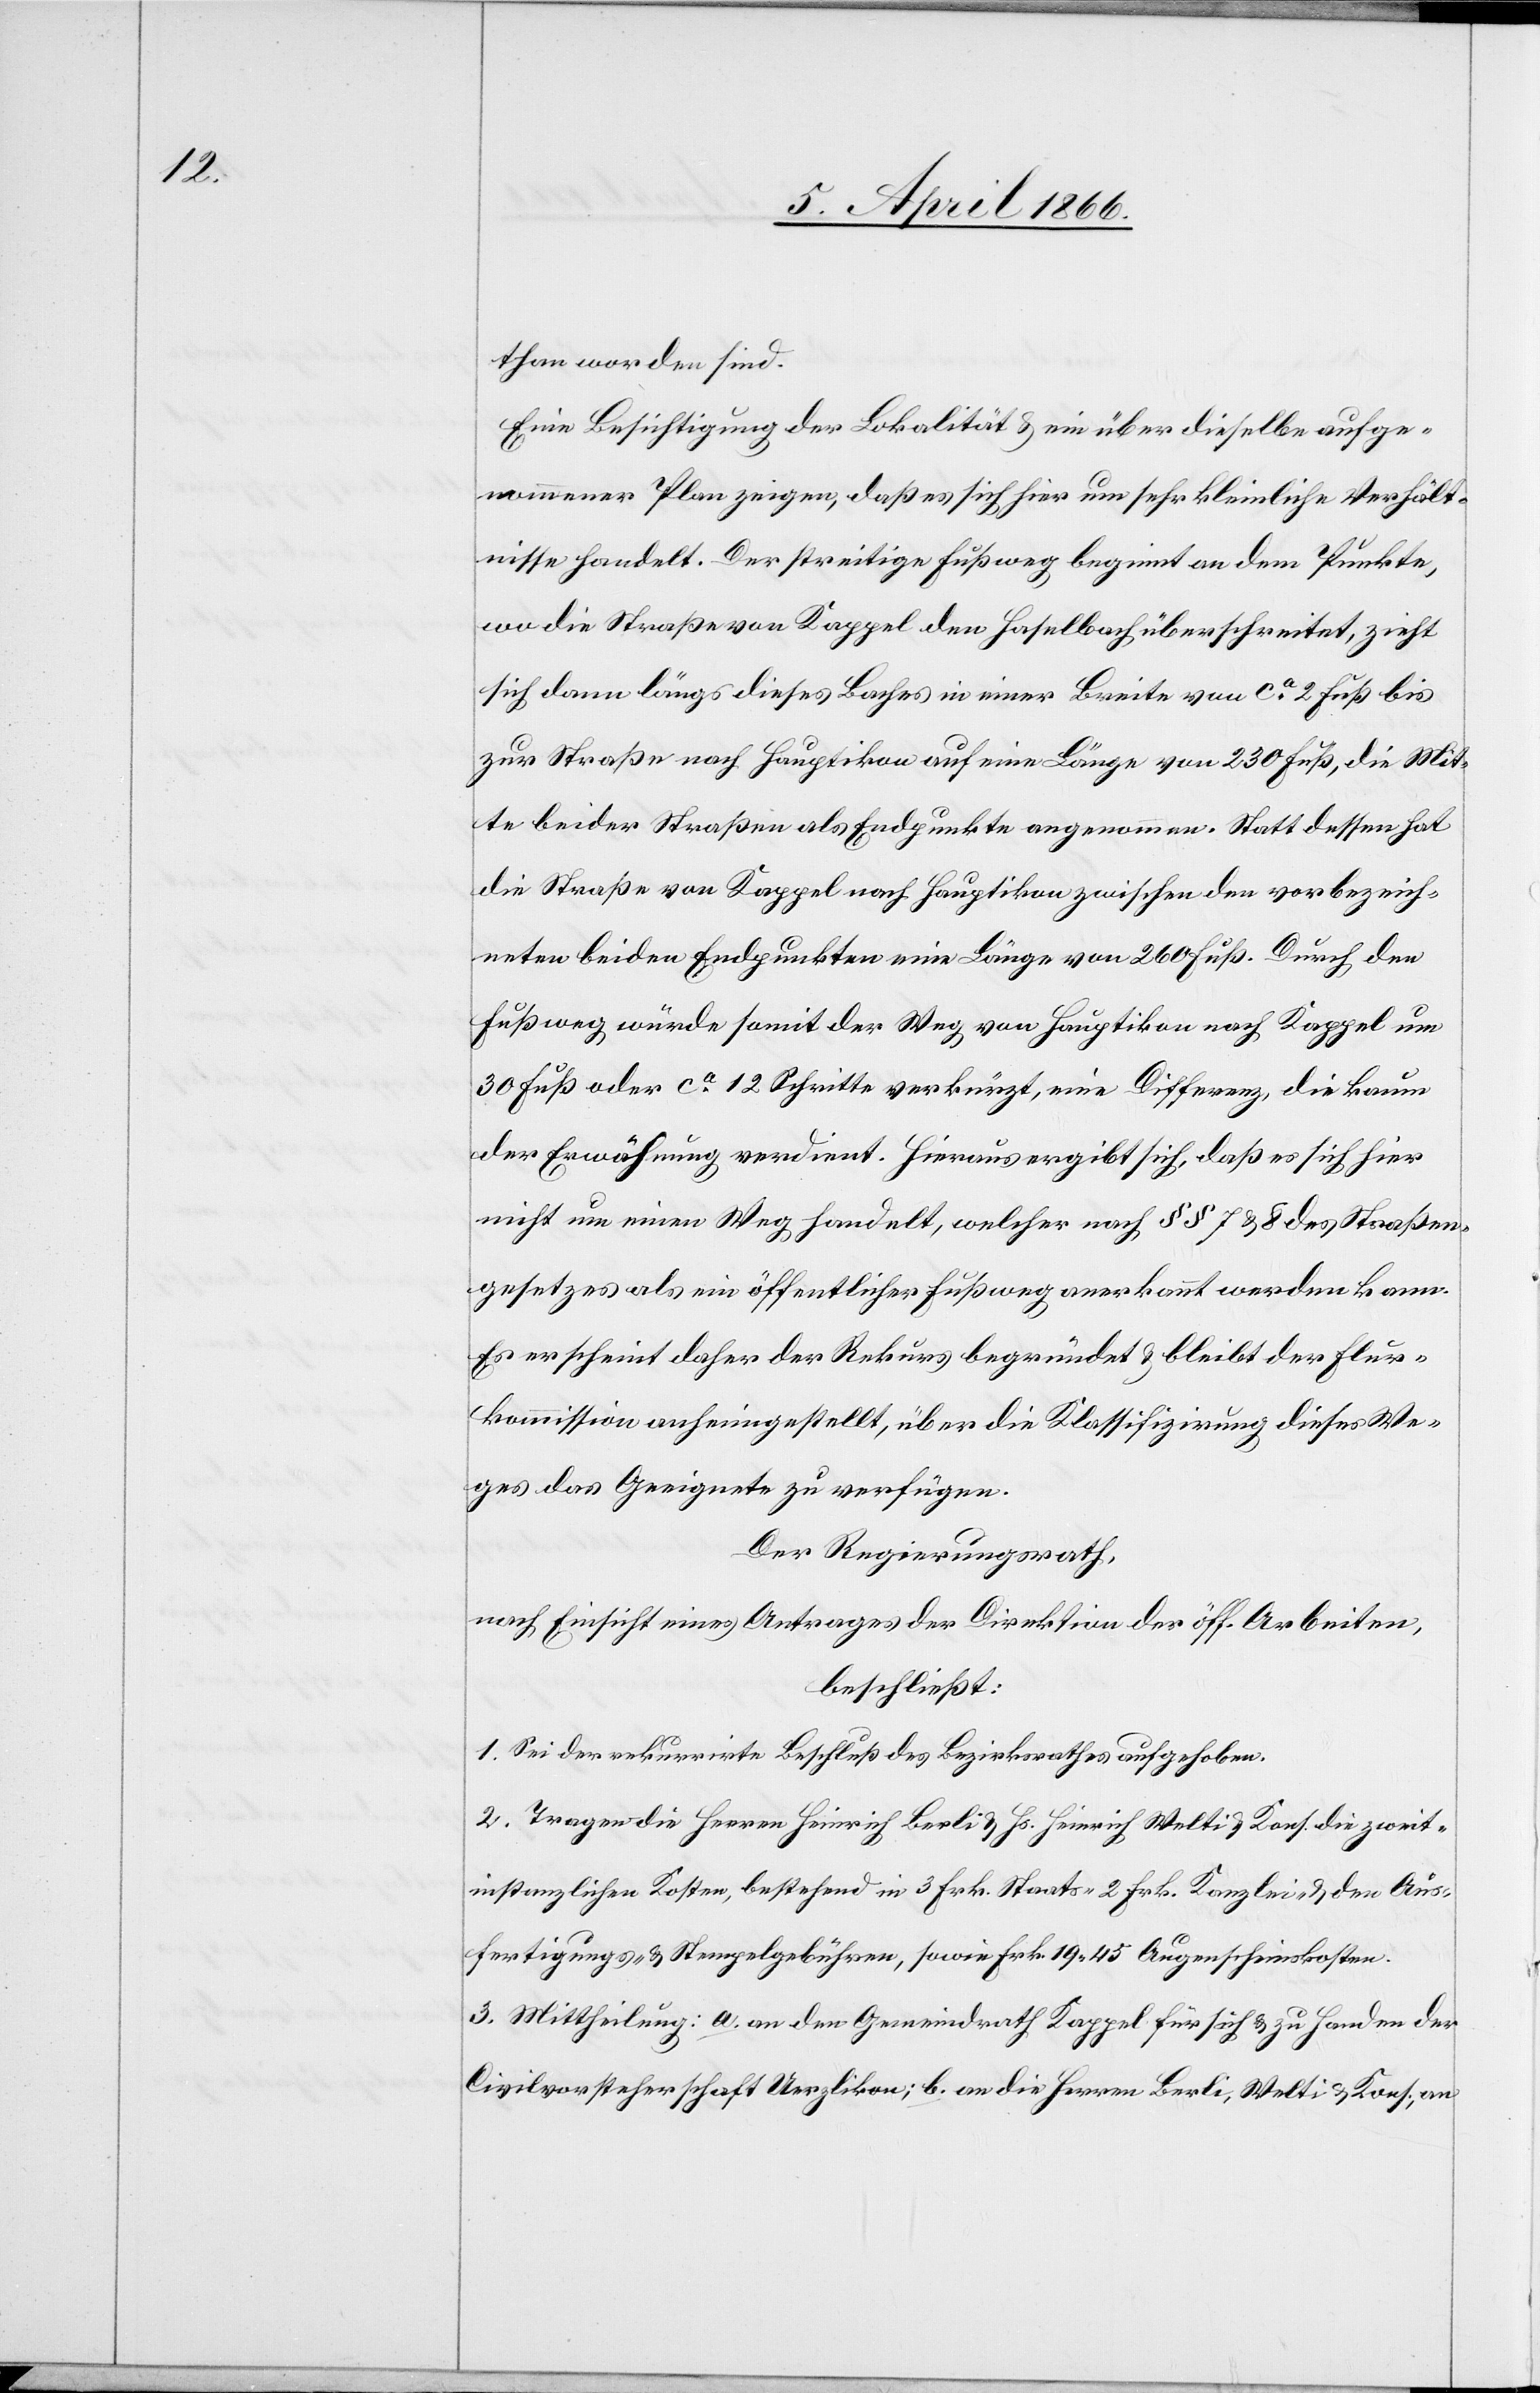
than worden sind.
Eine Besichtigung der Lokalität u. ein über dieselbe aufge¬
nommener Plan zeigen, daß es sich hier um sehr kleinliche Verhält¬
nisse handelt. Der streitige Fußweg beginnt an dem Punkte,
wo die Straße von Kappel den Haselbach überschreitet, zieht
sich dann längs dieses Baches in einer Breite von ca. 2 Fuß bis
zur Straße nach Hauptikon auf eine Länge von 230 Fuß, die Mit¬
te beider Straßen als Endpunkte angenommen. Statt dessen hat
die Straße von Kappel nach Hauptikon zwischen den vorbezeich¬
neten beiden Endpunkten eine Länge von 260 Fuß. Durch den
Fußweg würde somit der Weg von Hauptikon nach Kappel um
30 Fuß oder ca. 12 Schritte verkürzt, eine Differenz, die kaum
der Erwähnung verdient. Hieraus ergibt sich, daß es sich hier
nicht um einen Weg handelt, welcher nach § § 7 u. 8 des Straßen¬
gesetzes als ein öffentlicher Fußweg anerkannt werden kann.
Es erscheint daher der Rekurs begründet u. bleibt der Flur¬
kommission anheimgestellt, über die Klassifizirung dieses We¬
ges das Geeignete zu verfügen.
Der Regierungsrath,
nach Einsicht eines Antrages der Direktion der öff. Arbeiten,
beschließt:
1. Sei der rekurrirte Beschluß des Bezirksrathes aufgehoben.
2. Tragen die Herrn Heinrich Berli u. Hs. Heinrich Welti u. Kons. die zweit¬
instanzlichen Kosten, bestehend in 3 Frk. Staats-[,] 2 Frk. Kanzlei- u. den Aus¬
fertigungs- u. Stempelgebühren, sowie Frk. 19.45 Augenscheinkosten.
3. Mittheilung: a. an den Gemeindrath Kappel für sich u. zu Handen der
Civilvorsteherschaft Uerzlikon; b. an die Herren Berli, Welti u. Kons., an